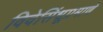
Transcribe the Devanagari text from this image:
विवेसिंधूप्रमाणे